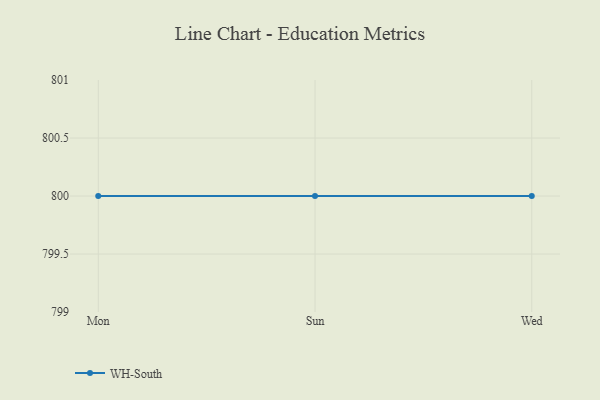
{"axis": {"x": "Day", "y": "Churn Rate (%)"}, "legend": ["WH-South"], "data": [{"x": "Mon", "y": 800, "type": "WH-South"}, {"x": "Sun", "y": 800, "type": "WH-South"}, {"x": "Wed", "y": 800, "type": "WH-South"}]}